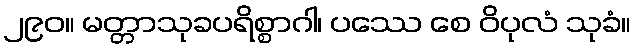
၂၉၀။ မတ္တာသုခပရိစ္စာဂါ၊ ပဿေ စေ ဝိပုလံ သုခံ။